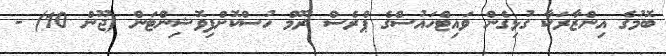
ބޮމުގެ އިންޒާރަކާ ގުޅިގެން ވައިޓްހައުސްގެ ޕްރެސް ރޫމް ހުސްކޮށްފިވޮޝިންޓަން (ޖޫން 10) -